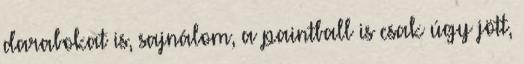
darabokat is, sajnálom, a paintball is csak úgy jött,